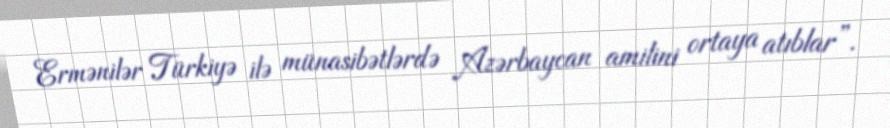
Ermənilər Türkiyə ilə münasibətlərdə Azərbaycan amilini ortaya atıblar”.